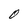
Character: 0